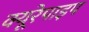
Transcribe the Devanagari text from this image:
क्यूरेपाइप